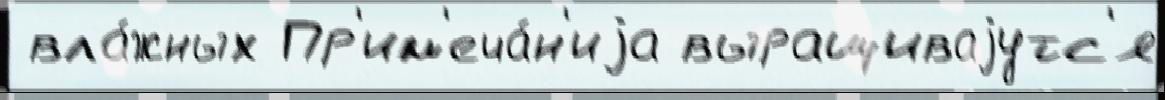
 вла́жных Пр'им'еча́н'иjа выращиваjутс'я